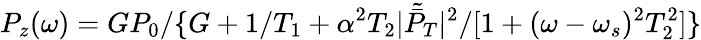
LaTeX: P_{z}(\omega)=GP_{0}/\{ G+1/T_{1}+\alpha^{2}T_{2}|\tilde{\bar{P}}_{T}|^{2}/[1+(\omega-\omega_{s})^{2}T_{2}^{2}]\}